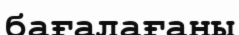
бағалағаны